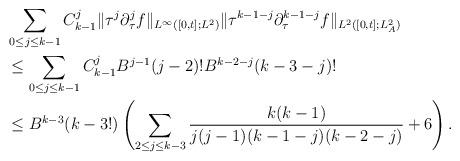
LaTeX: \begin{align*} &\sum_{0\le j\le k-1}C^j_{k-1}\|\tau^j\partial^j_\tau f\|_{L^\infty([0,t];L^2)}\|\tau^{k-1-j}\partial^{k-1-j}_\tau f\|_{L^2([0,t];L^2_A)}\\ &\le\sum_{0\le j\le k-1}C^j_{k-1}B^{j-1}(j-2)!B^{k-2-j}(k-3-j)!\\ &\le B^{k-3}(k-3!)\left(\sum_{2\le j\le k-3}\frac{k(k-1)}{j(j-1)(k-1-j)(k-2-j)}+6\right).\end{align*}